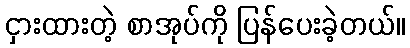
ငှားထားတဲ့ စာအုပ်ကို ပြန်ပေးခဲ့တယ်။